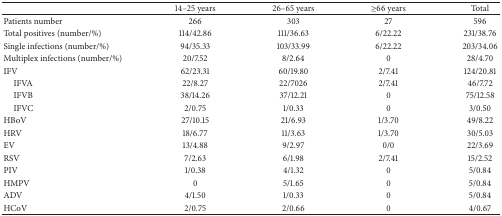
|  | 14–25 years | 26–65 years | ≥66 years | Total |
 | --- | --- | --- | --- | --- |
 | Patients number | 266 | 303 | 27 | 596 |
 | Total positives (number/%) | 114/42.86 | 111/36.63 | 6/22.22 | 231/38.76 |
 | Single infections (number/%) | 94/35.33 | 103/33.99 | 6/22.22 | 203/34.06 |
 | Multiplex infections (number/%) | 20/7.52 | 8/2.64 | 0 | 28/4.70 |
 | IFV | 62/23.31 | 60/19.80 | 2/7.41 | 124/20.81 |
 | IFVA | 22/8.27 | 22/7026 | 2/7.41 | 46/7.72 |
 | IFVB | 38/14.26 | 37/12.21 | 0 | 75/12.58 |
 | IFVC | 2/0.75 | 1/0.33 | 0 | 3/0.50 |
 | HBoV | 27/10.15 | 21/6.93 | 1/3.70 | 49/8.22 |
 | HRV | 18/6.77 | 11/3.63 | 1/3.70 | 30/5.03 |
 | EV | 13/4.88 | 9/2.97 | 0/0 | 22/3.69 |
 | RSV | 7/2.63 | 6/1.98 | 2/7.41 | 15/2.52 |
 | PIV | 1/0.38 | 4/1.32 | 0 | 5/0.84 |
 | HMPV | 0 | 5/1.65 | 0 | 5/0.84 |
 | ADV | 4/1.50 | 1/0.33 | 0 | 5/0.84 |
 | HCoV | 2/0.75 | 2/0.66 | 0 | 4/0.67 |